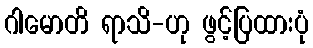
ဂါမောတိ ရာသိ-ဟု ဖွင့်ပြထားပုံ